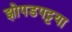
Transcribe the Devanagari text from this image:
झोपडपट्टया